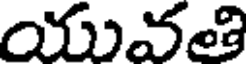
యువతి